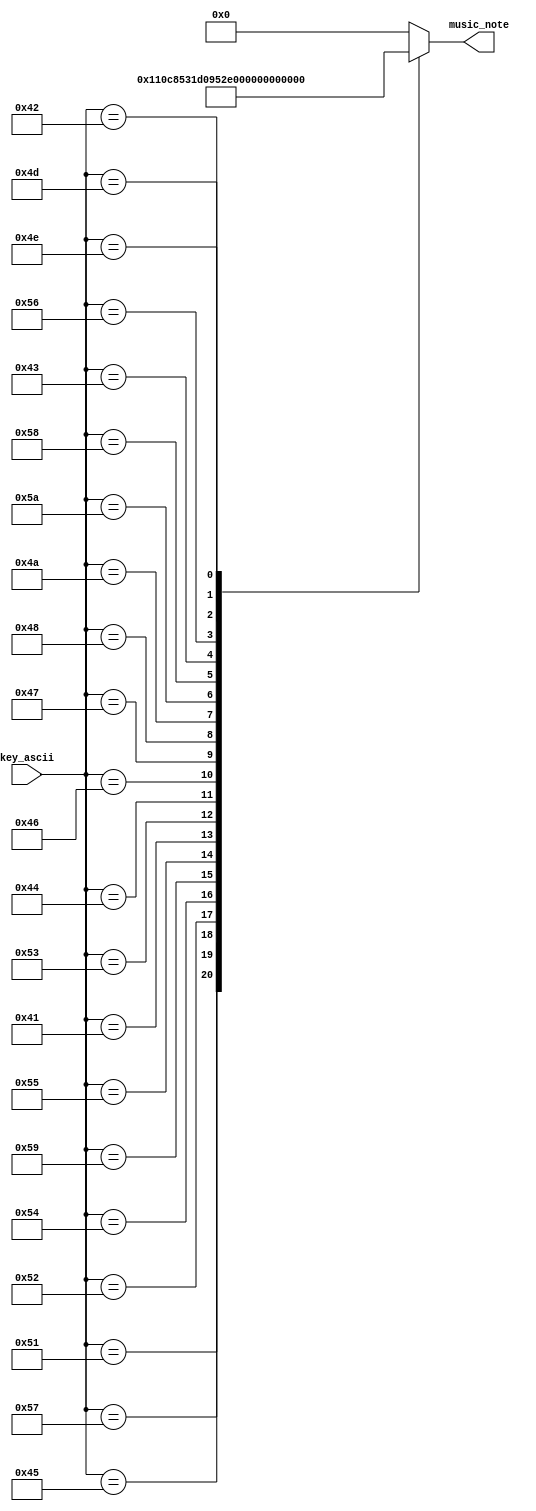
`timescale 1ns / 1ps



module Convert_Ascii_to_Music(key_ascii,music_note);//ascii
	input [7:0]key_ascii;
	output reg [4:0] music_note;
	
	
	always @ (*)begin
		case(key_ascii)
			0:music_note=0;
			8'h51:music_note=5'd1;
			8'h57:music_note=5'd2;
			8'h45:music_note=5'd3;
			8'h52:music_note=5'd4;
			8'h54:music_note=5'd5;
			8'h59:music_note=5'd6;
			8'h55:music_note=5'd7;
			8'h41:music_note=5'd8;
			8'h53:music_note=5'd9;
			8'h44:music_note=5'd10;
			8'h46:music_note=5'd11;
			8'h47:music_note=5'd12;
			8'h48:music_note=5'd13;
			8'h4a:music_note=5'd14;
			8'h5a:music_note=5'd15;
			8'h58:music_note=5'd16;
			8'h43:music_note=5'd17;
			8'h56:music_note=5'd18;
			8'h42:music_note=5'd19;
			8'h4e:music_note=5'd20;
			8'h4d:music_note=5'd21;
			default:music_note=0;
			endcase;			
		
	end
	
endmodule